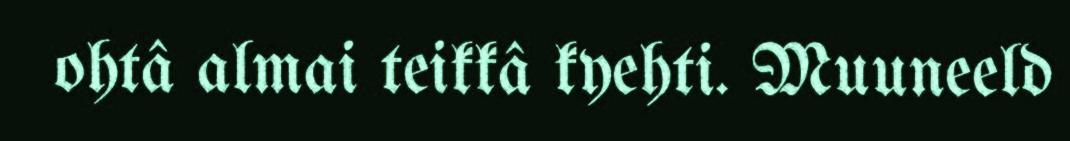
ohtâ almai teikkâ kyehti. Muuneeld